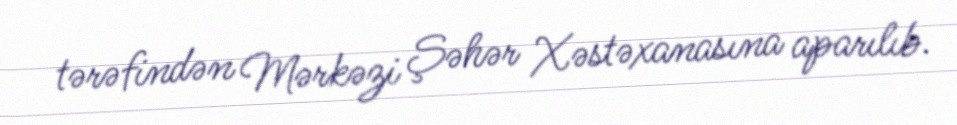
tərəfindən Mərkəzi Şəhər Xəstəxanasına aparılıb.